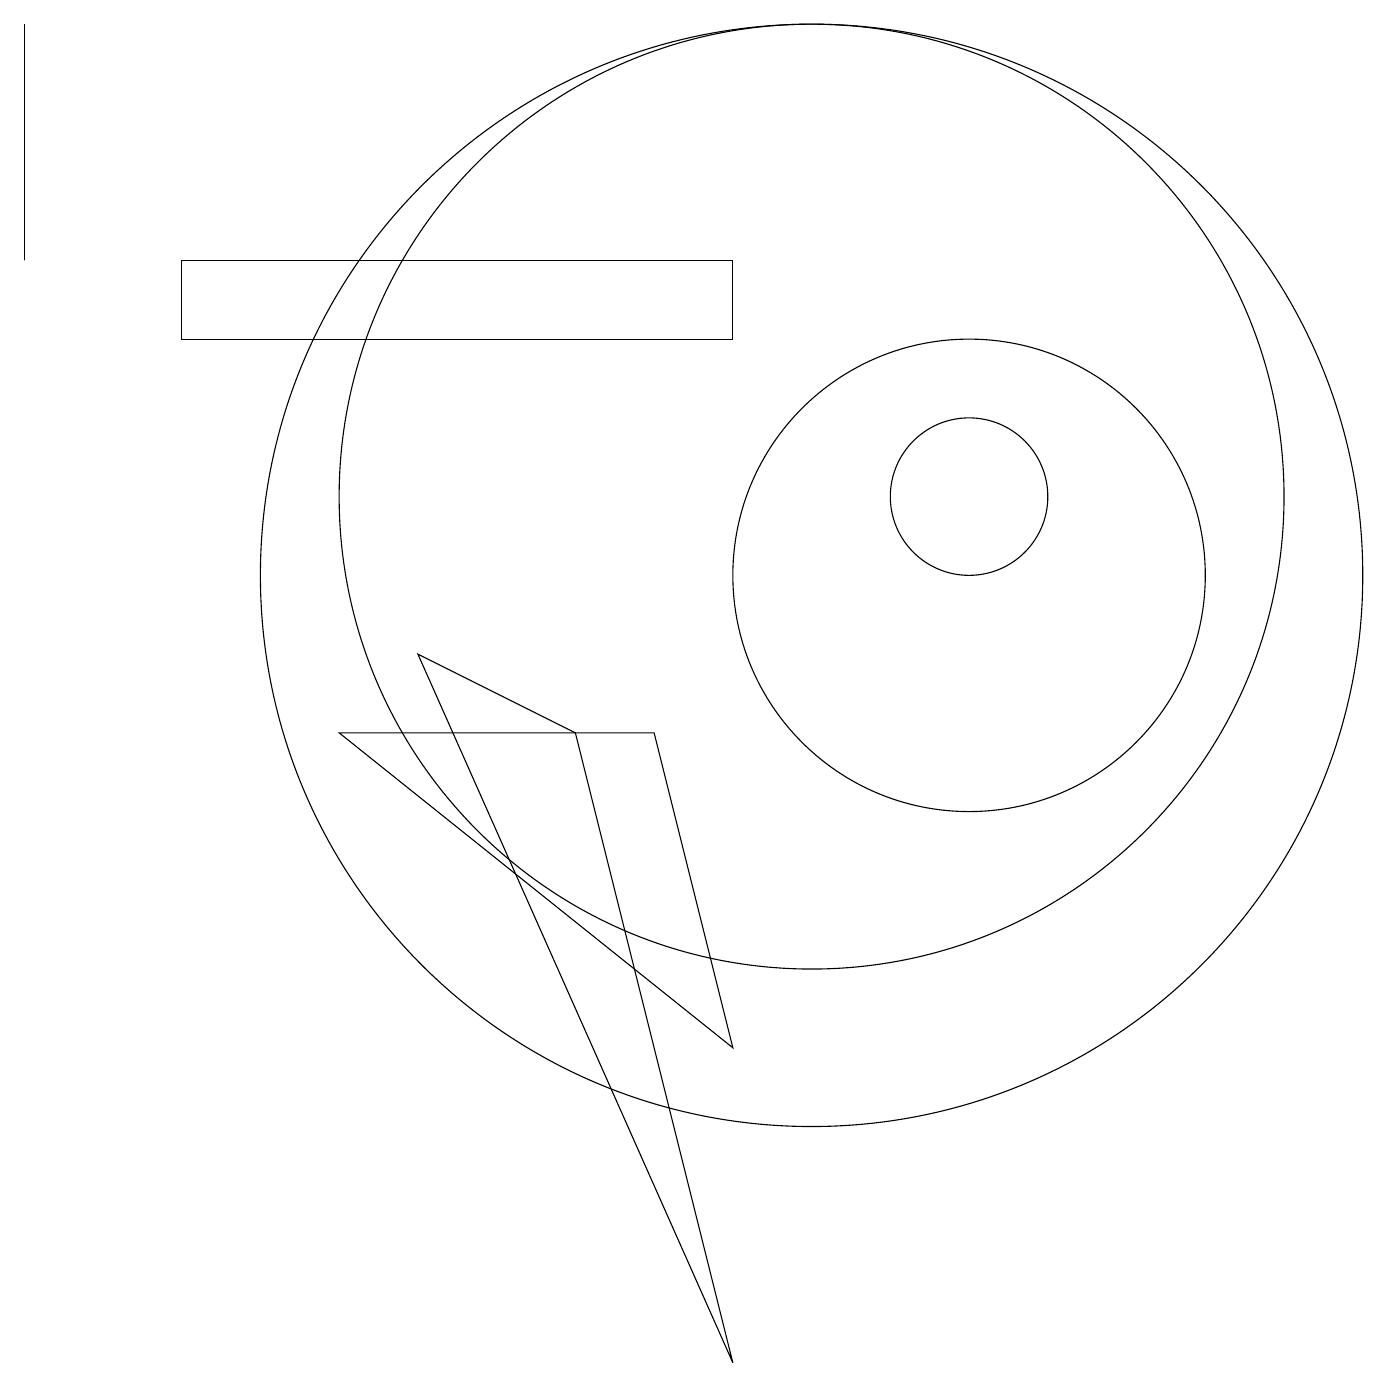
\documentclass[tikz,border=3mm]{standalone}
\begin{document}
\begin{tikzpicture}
\draw (12,11) circle (1);
\draw (7,8) -- (5,9) -- (9,0) -- cycle;
\draw (10,10) circle (7);
\draw (12,10) circle (3);
\draw (10,11) circle (6);
\draw (0,14) rectangle (0,17);
\draw (9,14) rectangle (2,13);
\draw (8,8) -- (4,8) -- (9,4) -- cycle;
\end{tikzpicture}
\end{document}